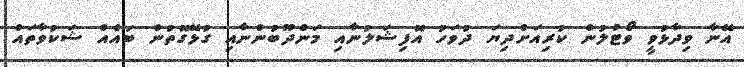
އޭނާ ވިދާޅުވީ ވޯޓުލުން ކުރިއަށްދިޔަ ދުވަހު އޮފިޝަލުނާއި މަންދޫބުންނާއި ގުޅޭގޮތުން ބައެއް ޝަކުވާތައް